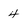
Character: 4